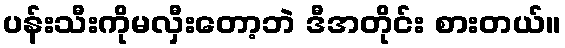
ပန်းသီးကိုမလှီးတော့ဘဲ ဒီအတိုင်း စားတယ်။